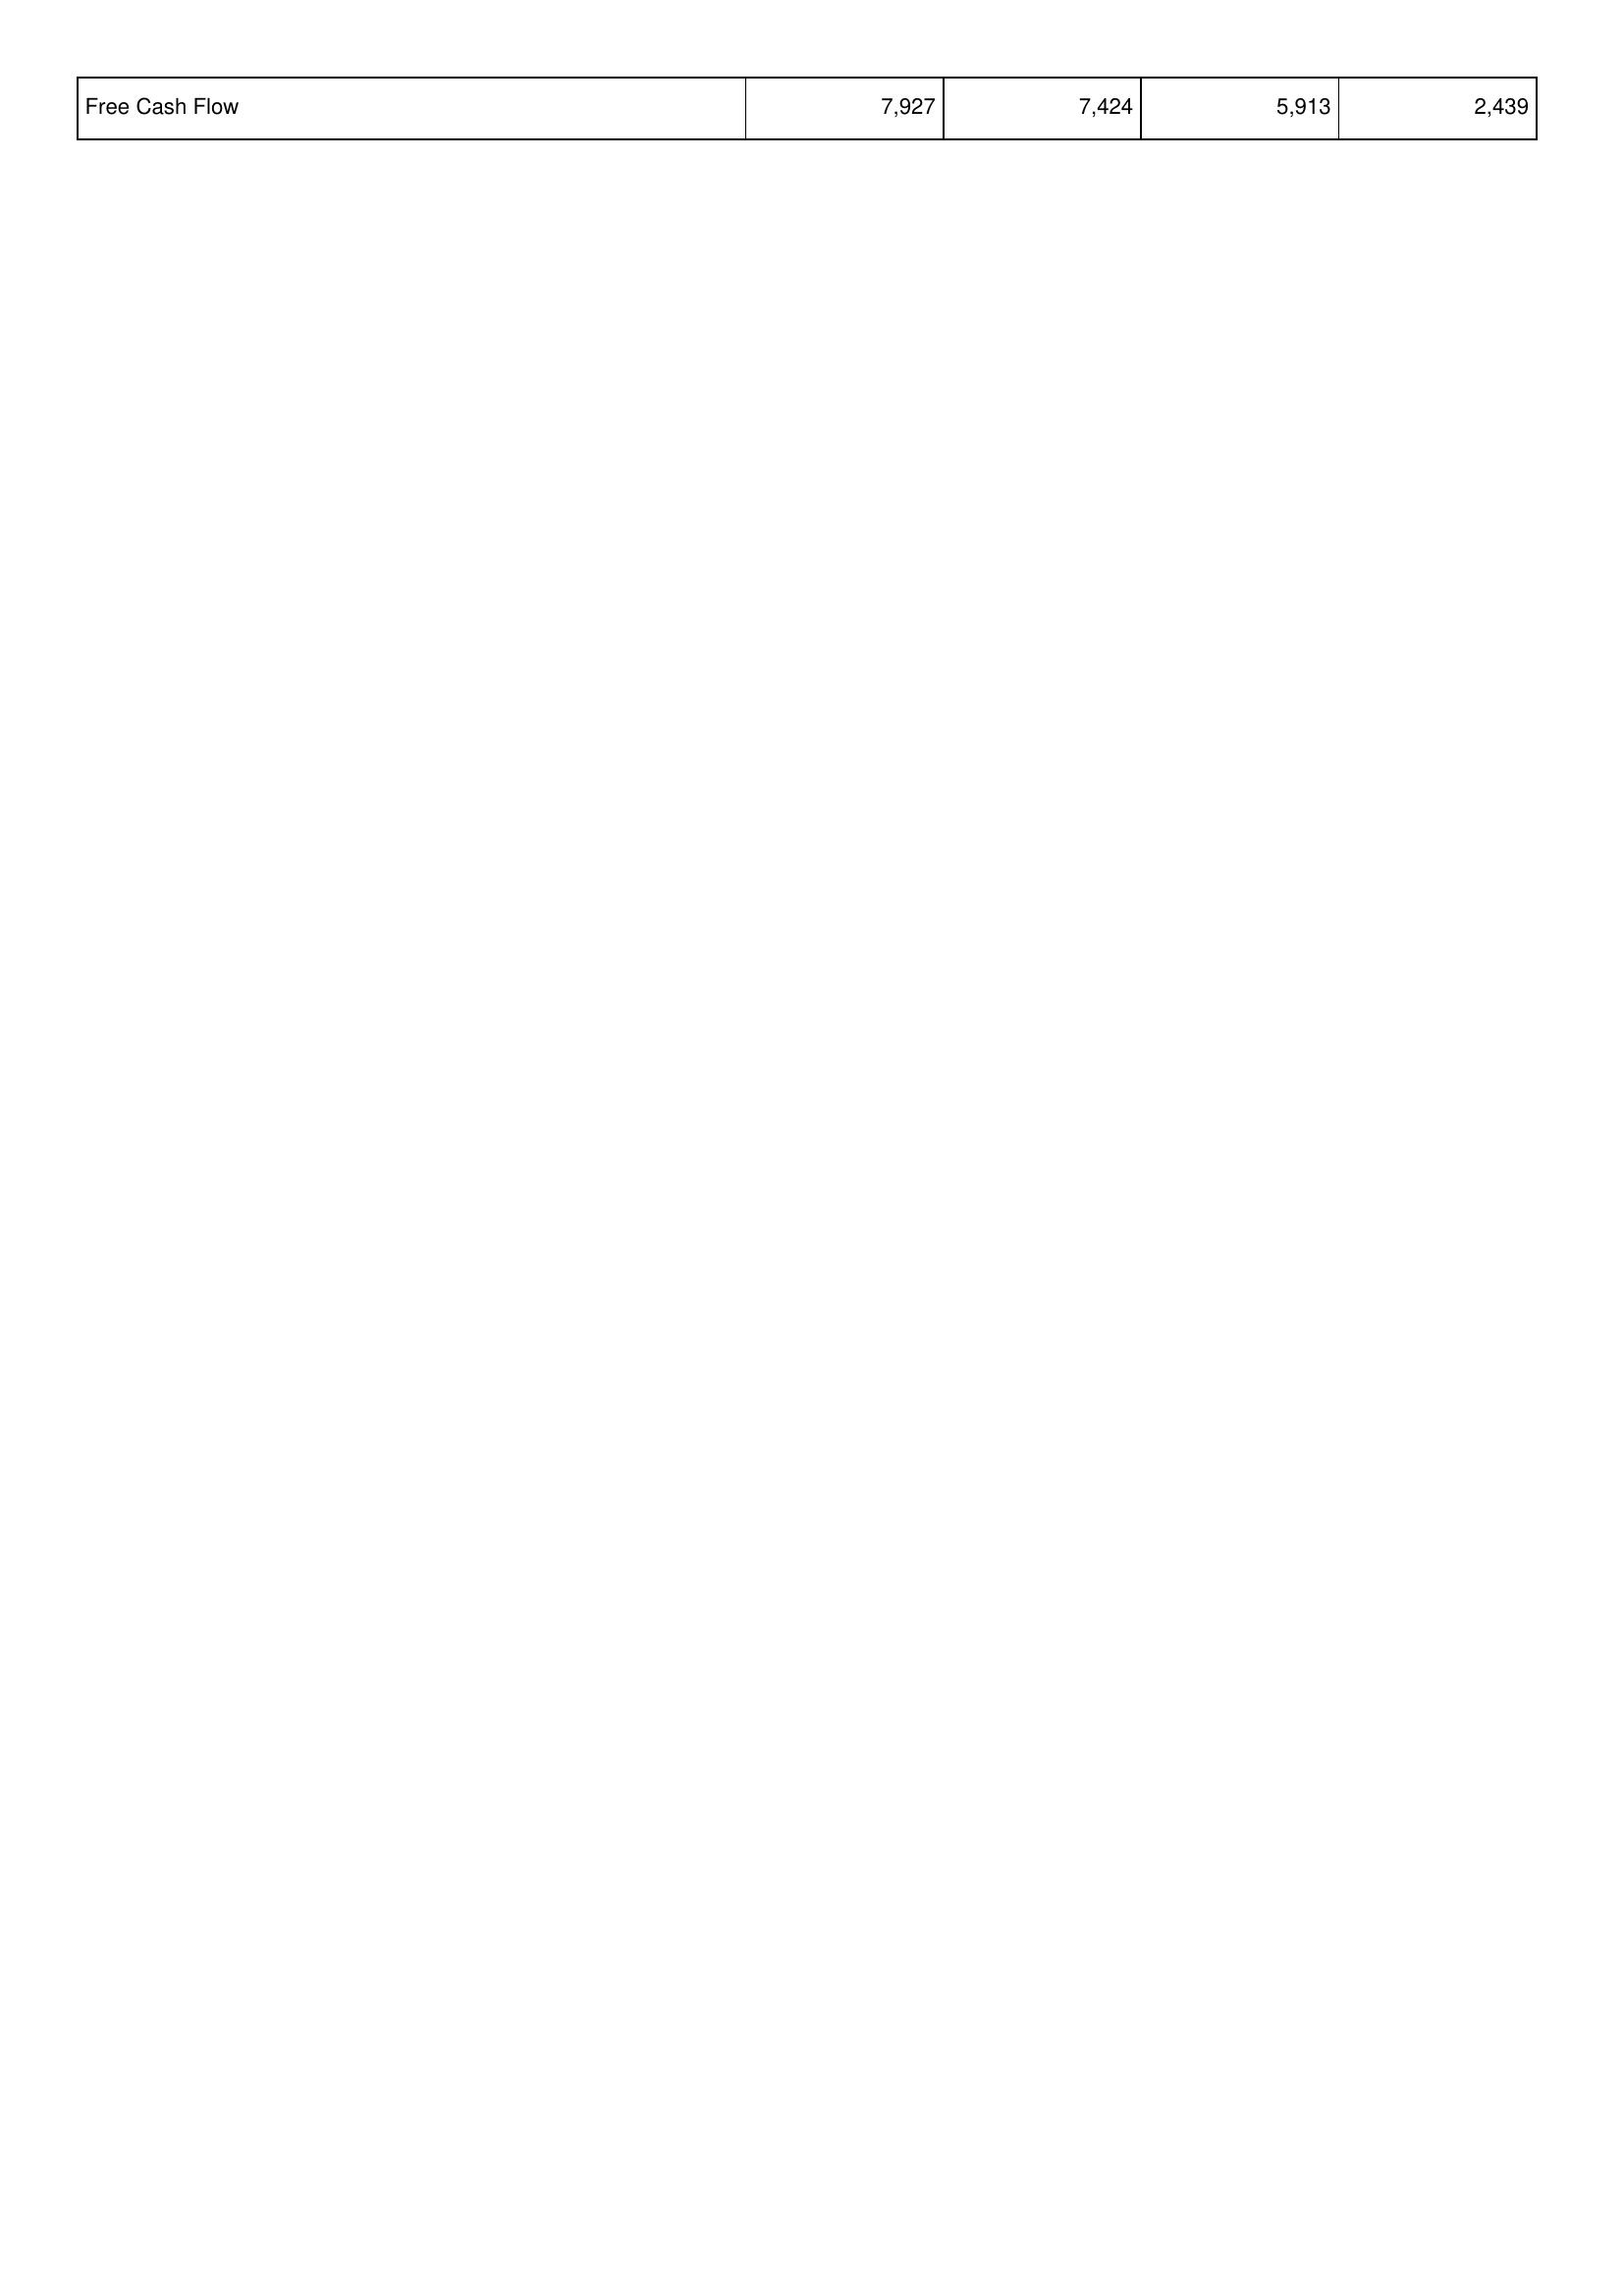
2015: Financing Activities: Free Cash Flow: 7,927
2014: Financing Activities: Free Cash Flow: 7,424
2013: Financing Activities: Free Cash Flow: 5,913
2012: Financing Activities: Free Cash Flow: 2,439